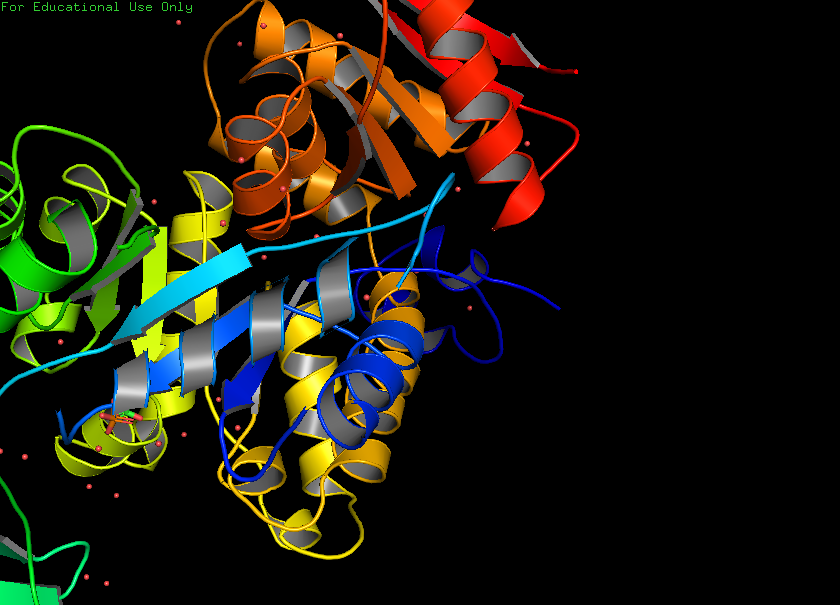
pymol, preset, pub_solv